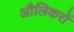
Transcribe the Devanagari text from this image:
औलिकरों